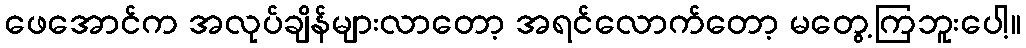
ဖေအောင်က အလုပ်ချိန်များလာတော့ အရင်လောက်တော့ မတွေ့ကြဘူးပေါ့။